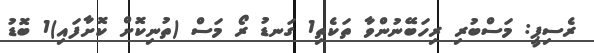
ރެސިޕީ: މަސްބުރި ރިހަބޭނުންވާ ތަކެތި1 ގަނޑު ރޯ މަސް (ތުނިކޮށް ކޮށާފައި)1 ބޮޑު